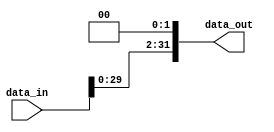
// shifter left parametrizabil cu N biti de intrare si M biti de iesire
module shift_left_2 #( parameter N = 32 , M = 32 )
(
	input  [N-1:0] data_in,	// intrare de date
	output [M-1:0] data_out	// iesire de date
);

	assign data_out = {data_in, 2'b00};	  // atribuim iesirii intrarea shiftata cu doua pozitii la stanga  (de la LSB spre MSB)

endmodule